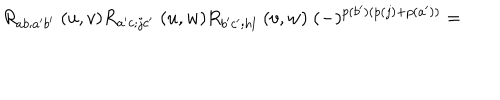
LaTeX: R _ { a b ; a ^ { \prime } b ^ { \prime } } \; ( u , v ) R _ { a ^ { \prime } c ; j c ^ { \prime } } \; ( u , w ) R _ { b ^ { \prime } c ^ { \prime } ; h l } \; ( v , w ) \; ( - ) ^ { p ( b ^ { \prime } ) ( p ( j ) + p ( a ^ { \prime } ) ) } =